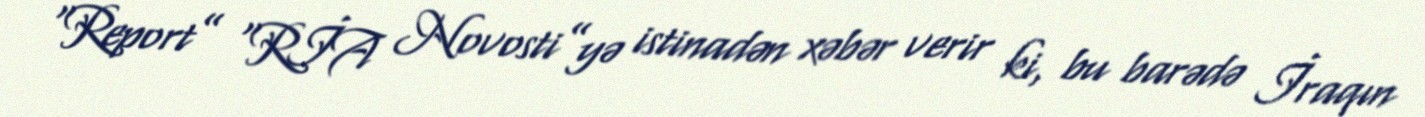
“Report” “RİA Novosti”yə istinadən xəbər verir ki, bu barədə İraqın